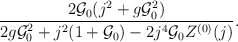
\begin{align*}\frac{2{\cal G}_0(j^2+g{\cal G}_0^2)}{2g{\cal G}_0^2+j^2(1+{\cal G}_0)-2j^4{\cal G}_0 Z^{(0)}(j)}.\end{align*}